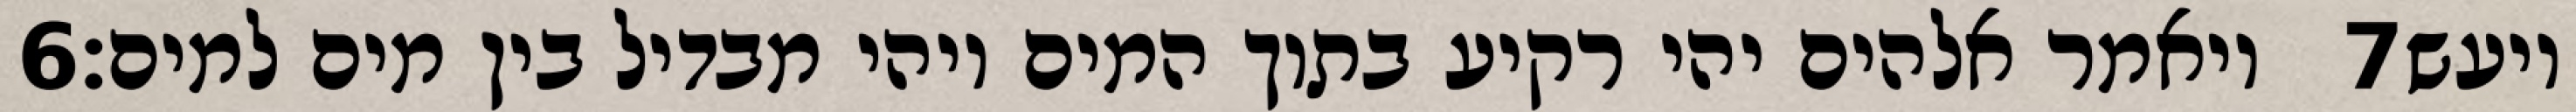
‎6‏ ויאמר אלהים יהי רקיע בתוך המים ויהי מבדיל בין מים למים׃ ‎7‏ ויעש